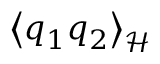
\left< q _ { 1 } q _ { 2 } \right> _ { \mathcal { H } }